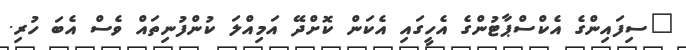
"ސިފައިންގެ އެކްސްޕާޓުންގެ އެހީގައި އެކަން ކޮށްދޭ އަމިއްލަ ކުންފުނިތައް ވެސް އެބަ ހުރި.